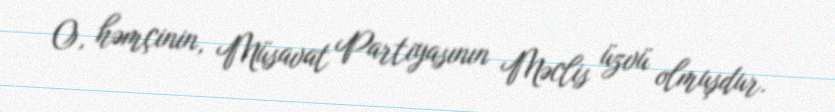
O, həmçinin, Müsavat Partiyasının Məclis üzvü olmuşdur.